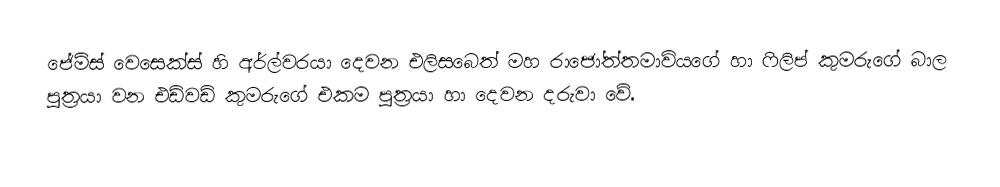
ජේම්ස් වෙසෙක්ස් හි අර්ල්වරයා දෙවන එලිසබෙත් මහ රාජෝත්තමාවියගේ හා ෆිලිප් කුමරුගේ බාල පුත්‍රයා වන එඩ්වඩ් කුමරුගේ එකම පුත්‍රයා හා දෙවන දරුවා වේ.